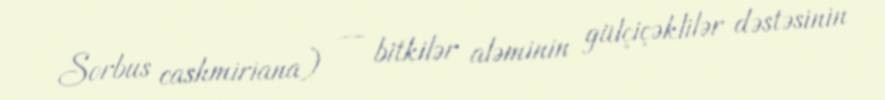
Sorbus cashmiriana) — bitkilər aləminin gülçiçəklilər dəstəsinin